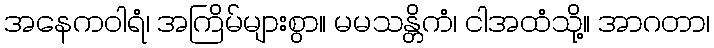
အနေကဝါရံ၊ အကြိမ်များစွာ။ မမသန္တိကံ၊ ငါအထံသို့။ အာဂတာ၊